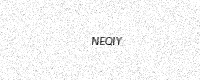
Text: NEQIY